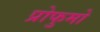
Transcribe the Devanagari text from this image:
प्रोफुमो